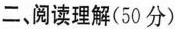
二、阅读理解(50分)